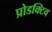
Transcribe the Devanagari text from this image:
प्रोडक्टिव